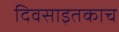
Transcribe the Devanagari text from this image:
दिवसाइतकाच